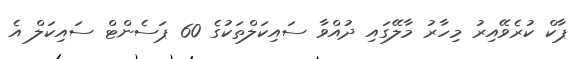
ޕާކް ކުރެވޭއިރު މިހާރު މާލޭގައި ދުއްވާ ސައިކަލްތަކުގެ 60 ޕަސެންޓް ސައިކަލް އެ